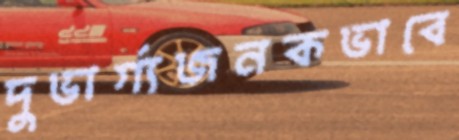
দুভার্গ্যজনকভাবে